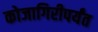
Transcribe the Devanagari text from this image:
कोजागिरीपर्यंत